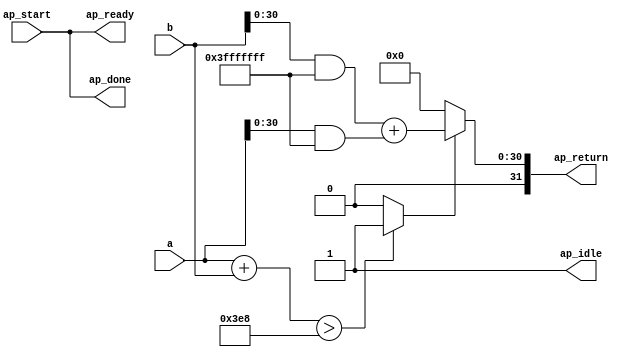
module calculate_2 (
        ap_start,
        ap_done,
        ap_idle,
        ap_ready,
        a,
        b,
        ap_return
);


input   ap_start;
output   ap_done;
output   ap_idle;
output   ap_ready;
input  [31:0] a;
input  [31:0] b;
output  [31:0] ap_return;

wire   [30:0] tmp_2_fu_34_p1;
wire   [30:0] tmp_1_fu_30_p1;
wire   [31:0] value_fu_38_p2;
wire   [0:0] tmp_fu_50_p2;
wire   [30:0] value_cast_fu_44_p2;
wire   [30:0] p_0_fu_56_p3;

assign ap_done = ap_start;

assign ap_idle = 1'b1;

assign ap_ready = ap_start;

assign ap_return = p_0_fu_56_p3;

assign p_0_fu_56_p3 = ((tmp_fu_50_p2_temp) ? value_cast_fu_44_p2 : 31'd0);

assign tmp_fu_50_p2_temp = tmp_fu_50_p2 & 1'd1;

assign tmp_1_fu_30_p1 = a & 30'd2147483647;

assign tmp_2_fu_34_p1 = b & 30'd2147483647;

assign tmp_fu_50_p2 = (($signed(value_fu_38_p2) > $signed(32'd1000)) ? 1'b1 : 1'b0);

assign value_cast_fu_44_p2 = (tmp_2_fu_34_p1 + tmp_1_fu_30_p1);

assign value_fu_38_p2 = (a + b);

endmodule